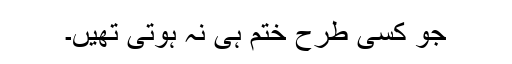
جو کسی طرح ختم ہی نہ ہوتی تھیں۔